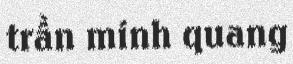
trần minh quang